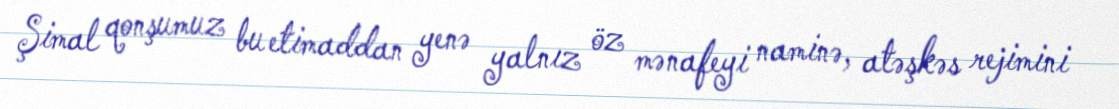
Şimal qonşumuz bu etimaddan yenə yalnız öz mənafeyi naminə, atəşkəs rejimini